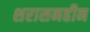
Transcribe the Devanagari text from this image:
शरासनहीन